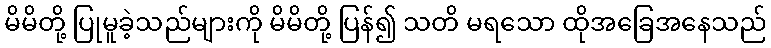
မိမိတို့ ပြုမူခဲ့သည်များကို မိမိတို့ ပြန်၍ သတိ မရသော ထိုအခြေအနေသည်